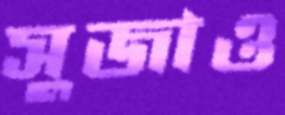
সুজাও